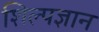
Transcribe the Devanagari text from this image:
शिल्पज्ञान